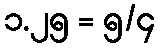
၁.၂၅ = ၅/၄